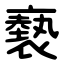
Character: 褻